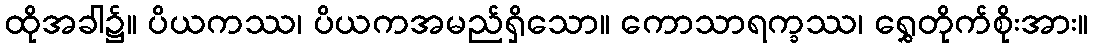
ထိုအခါ၌။ ပိယကဿ၊ ပိယကအမည်ရှိသော။ ကောသာရက္ခဿ၊ ရွှေတိုက်စိုးအား။